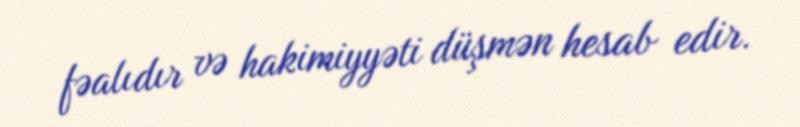
fəalıdır və hakimiyyəti düşmən hesab edir.